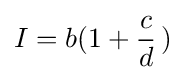
I=b(1+{c \over d}\,)